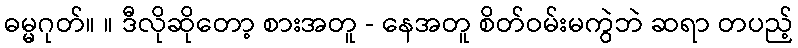
ဓမ္မဂုတ်။ ။ ဒီလိုဆိုတော့ စားအတူ - နေအတူ စိတ်ဝမ်းမကွဲဘဲ ဆရာ တပည့်